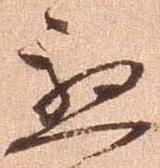
慇